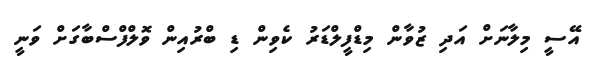
އޭސީ މިލާނަށް އަދި ޒުވާން މިޑްފީލްޑަރު ކެވިން ޑި ބްރުއިން ވޮލްފްސްބާގަށް ވަނީ